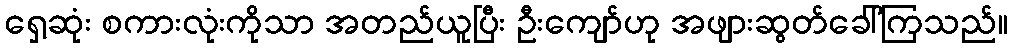
ရှေ့ဆုံး စကားလုံးကိုသာ အတည်ယူပြီး ဦးကျော်ဟု အဖျားဆွတ်ခေါ်ကြသည်။